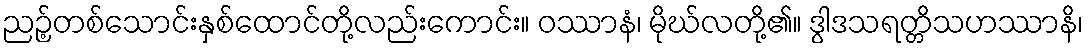
ညဉ့်တစ်သောင်းနှစ်ထောင်တို့လည်းကောင်း။ ဝဿာနံ၊ မိုဃ်လတို့၏။ ဒွါဒသရတ္တိသဟဿာနိ၊